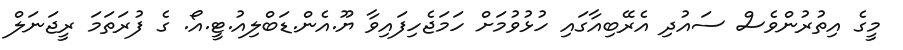
މީގެ އިތުރުންވެސް ސައުދި އެރޭބިއާގައި ހުޅުވުމަށް ހަމަޖެހިފައިވާ ޔޫ.އެން.ޑަބްލިއު.ޓީ.އޯ. ގެ ފުރަތަމަ ރީޖަނަލް